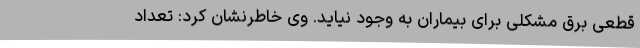
قطعی برق مشکلی برای بیماران به وجود نیاید. وی خاطرنشان کرد: تعداد